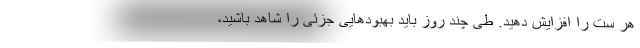
هر ست را افزایش دهید. طی چند روز باید بهبودهایی جزئی را شاهد باشید،